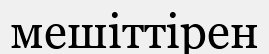
мешіттірен